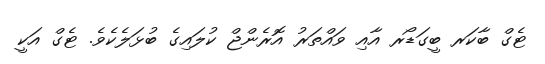
ޓެގް ބާކަރ ބީގަޑޯރ އާއި ވައްތަރު އޮރެންޖް ކުލައިގެ ބުޅަލެކެވެ. ޓެގް އަކީ